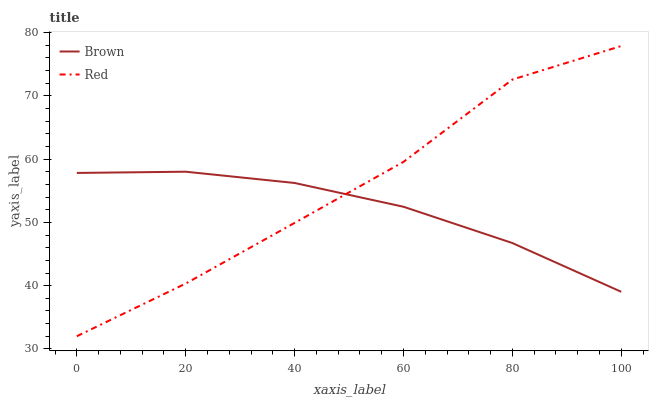
| xaxis_label | Brown | Red |
 | --- | --- | --- |
 | 0 | 57.8 | 32 |
 | 20 | 58 | 40.3 |
 | 40 | 56.2 | 49.9 |
 | 60 | 52.5 | 59.6 |
 | 80 | 46.7 | 72.6 |
 | 100 | 39 | 77.9 |